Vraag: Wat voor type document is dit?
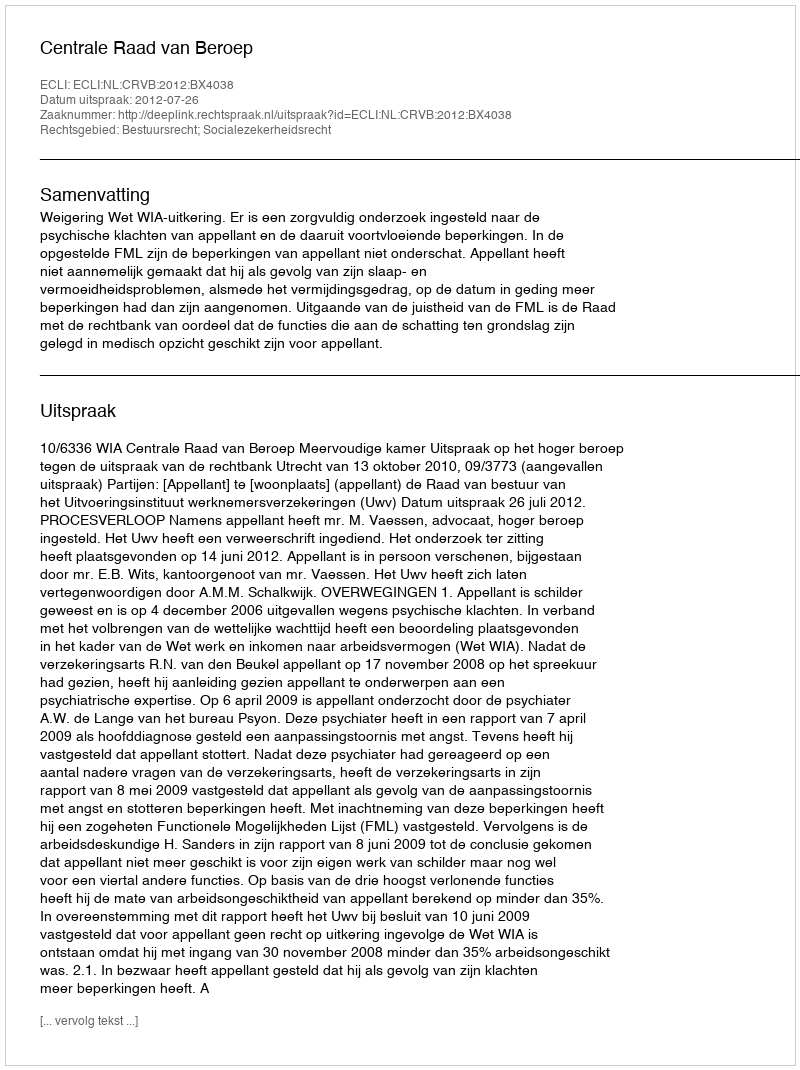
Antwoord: Uitspraak